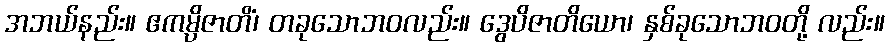
အဘယ်နည်း။ ဧကမ္ပိဇာတိံ၊ တခုသောဘဝလည်း။ ဒွေပိဇာတိယော၊ နှစ်ခုသောဘဝတို့ လည်း။